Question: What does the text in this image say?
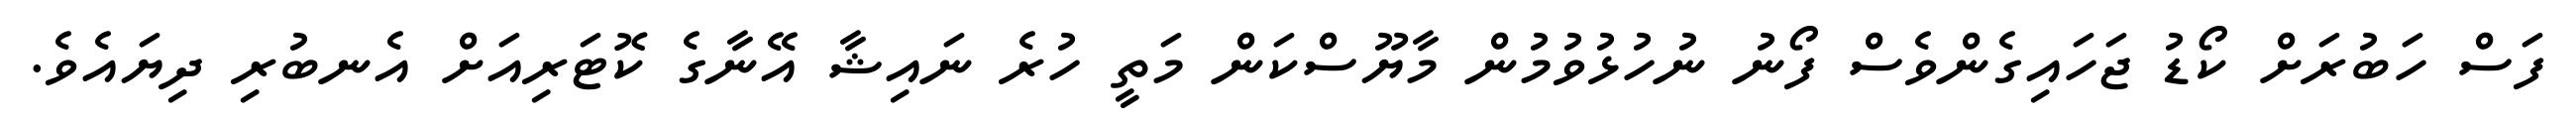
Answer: ފަސް ހަބުރަށް ކޯޑު ޖަހައިގެންވެސް ފޯނު ނުހުޅުވުމުން މާޔޫސްކަން މަތީ ހުރެ ނައިޝާ އޭނާގެ ކޮޓަރިއަށް އެނބުރި ދިޔައެވެ.